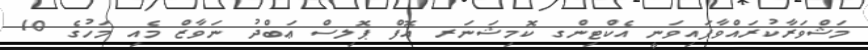
މަޝްވަރާކުރައްވާފައިވަނީ އެކްޓިންގ ކޮމިޝަނަރ އޮފް ޕޮލިސް ޢަބްދު ނަވާޒް މެއި މަހުގެ 10